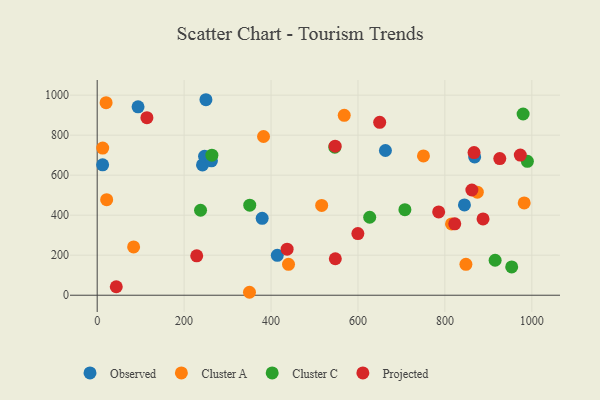
{"axis": {"x": "Engine Size", "y": "Sales"}, "legend": ["Cluster A", "Cluster C", "Observed", "Projected"], "data": [{"x": "242.3", "y": 651.1, "type": "Observed"}, {"x": "663.2", "y": 723.4, "type": "Observed"}, {"x": "94.0", "y": 941.7, "type": "Observed"}, {"x": "845.0", "y": 451.3, "type": "Observed"}, {"x": "868.5", "y": 691.0, "type": "Observed"}, {"x": "414.4", "y": 199.6, "type": "Observed"}, {"x": "12.5", "y": 651.8, "type": "Observed"}, {"x": "247.0", "y": 694.7, "type": "Observed"}, {"x": "250.2", "y": 977.1, "type": "Observed"}, {"x": "262.9", "y": 671.9, "type": "Observed"}, {"x": "379.6", "y": 384.1, "type": "Observed"}, {"x": "874.6", "y": 515.0, "type": "Cluster A"}, {"x": "982.5", "y": 461.5, "type": "Cluster A"}, {"x": "21.8", "y": 477.3, "type": "Cluster A"}, {"x": "83.8", "y": 241.4, "type": "Cluster A"}, {"x": "848.4", "y": 154.3, "type": "Cluster A"}, {"x": "382.7", "y": 793.4, "type": "Cluster A"}, {"x": "568.4", "y": 899.3, "type": "Cluster A"}, {"x": "440.2", "y": 154.6, "type": "Cluster A"}, {"x": "12.7", "y": 735.3, "type": "Cluster A"}, {"x": "20.5", "y": 962.3, "type": "Cluster A"}, {"x": "516.5", "y": 448.8, "type": "Cluster A"}, {"x": "350.4", "y": 14.7, "type": "Cluster A"}, {"x": "815.3", "y": 356.4, "type": "Cluster A"}, {"x": "750.7", "y": 696.4, "type": "Cluster A"}, {"x": "627.0", "y": 389.6, "type": "Cluster C"}, {"x": "263.9", "y": 699.8, "type": "Cluster C"}, {"x": "546.7", "y": 740.0, "type": "Cluster C"}, {"x": "708.0", "y": 427.7, "type": "Cluster C"}, {"x": "953.7", "y": 141.3, "type": "Cluster C"}, {"x": "915.6", "y": 174.8, "type": "Cluster C"}, {"x": "351.0", "y": 450.1, "type": "Cluster C"}, {"x": "989.8", "y": 669.4, "type": "Cluster C"}, {"x": "980.0", "y": 905.7, "type": "Cluster C"}, {"x": "237.8", "y": 424.6, "type": "Cluster C"}, {"x": "973.5", "y": 700.7, "type": "Projected"}, {"x": "114.4", "y": 887.4, "type": "Projected"}, {"x": "650.0", "y": 864.0, "type": "Projected"}, {"x": "867.1", "y": 713.1, "type": "Projected"}, {"x": "785.7", "y": 416.2, "type": "Projected"}, {"x": "547.5", "y": 745.0, "type": "Projected"}, {"x": "822.7", "y": 356.9, "type": "Projected"}, {"x": "437.0", "y": 230.1, "type": "Projected"}, {"x": "926.3", "y": 682.9, "type": "Projected"}, {"x": "862.1", "y": 526.0, "type": "Projected"}, {"x": "599.8", "y": 308.3, "type": "Projected"}, {"x": "229.0", "y": 197.0, "type": "Projected"}, {"x": "887.8", "y": 381.3, "type": "Projected"}, {"x": "43.9", "y": 42.2, "type": "Projected"}, {"x": "547.9", "y": 182.2, "type": "Projected"}]}